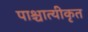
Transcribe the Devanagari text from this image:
पाश्चात्यीकृत